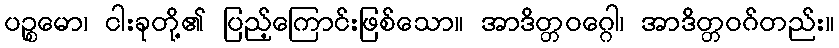
ပဉ္စမော၊ ငါးခုတို့၏ ပြည့်ကြောင်းဖြစ်သော။ အာဒိတ္တဝဂ္ဂေါ၊ အာဒိတ္တဝဂ်တည်း။